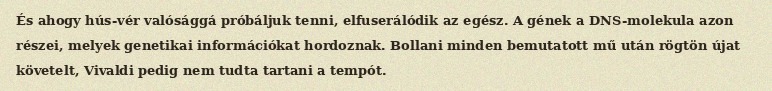
És ahogy hús-vér valósággá próbáljuk tenni, elfuserálódik az egész. A gének a DNS-molekula azon részei, melyek genetikai információkat hordoznak. Bollani minden bemutatott mű után rögtön újat követelt, Vivaldi pedig nem tudta tartani a tempót.